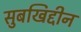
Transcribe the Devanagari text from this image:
सुबखिद्दीन